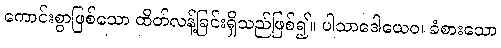
ကောင်းစွာဖြစ်သော ထိတ်လန့်ခြင်းရှိသည်ဖြစ်၍။ ပါသာဒေါယေဝ၊ ခံစားသော